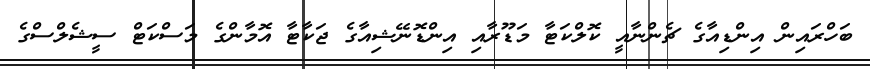
ބަހްރައިން އިންޑިއާގެ ޗެންނާއީ ކޮލްކަޓާ މަޑޫރާއި އިންޑޮނޭޝިއާގެ ޖަކާޓާ އޮމާންގެ މަސްކަޓް ސީޝެލްސްގެ